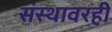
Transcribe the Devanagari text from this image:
संस्थावरही